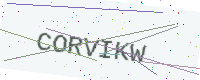
Text: CORVIKW